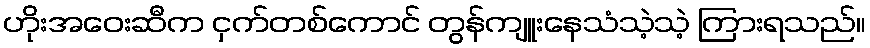
ဟိုးအဝေးဆီက ငှက်တစ်ကောင် တွန်ကျူးနေသံသဲ့သဲ့ ကြားရသည်။